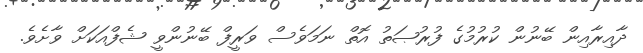
ދާއިރާއިން ބޭނުން ކުރުމުގެ ފުރުޞަތު އޮތް ނަމަވެސް ވަރީފް ބޭނުންވީ ޝެފްއަަކަށް ވާށެވެ.